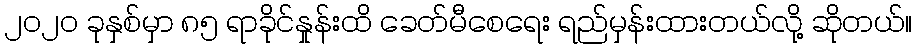
၂၀၂၀ ခုနှစ်မှာ ၈၅ ရာခိုင်နှုန်းထိ ခေတ်မီစေရေး ရည်မှန်းထားတယ်လို့ ဆိုတယ်။